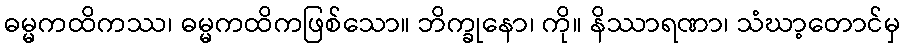
ဓမ္မကထိကဿ၊ ဓမ္မကထိကဖြစ်သော။ ဘိက္ခုနော၊ ကို။ နိဿာရဏာ၊ သံဃာ့တောင်မှ